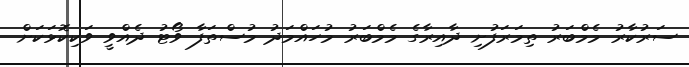
ސަރުކާރު މެމްބަރު ތިމަރަފުށި ދާއިރާގެ މެމްބަރު މުހައްމަދު މުސްތަފާ ވޯޓު ދެއްވީ ވަކިކޮޅަކަށް